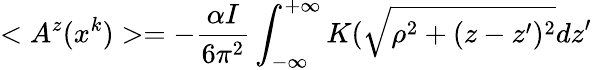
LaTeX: <A^{z}(x^{k})>=-\frac{\alpha I}{6\pi^{2}}\int_{-\infty}^{+\infty}K(\sqrt{\rho^{2}+(z-z^{\prime})^{2}}dz^{\prime}